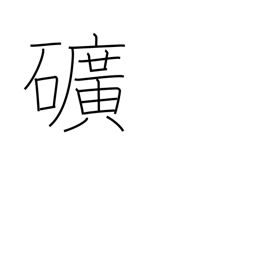
Meaning: mine